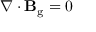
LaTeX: \nabla \cdot \mathbf { B } _ { \mathrm { g } } = 0